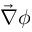
\vec { \nabla } \phi